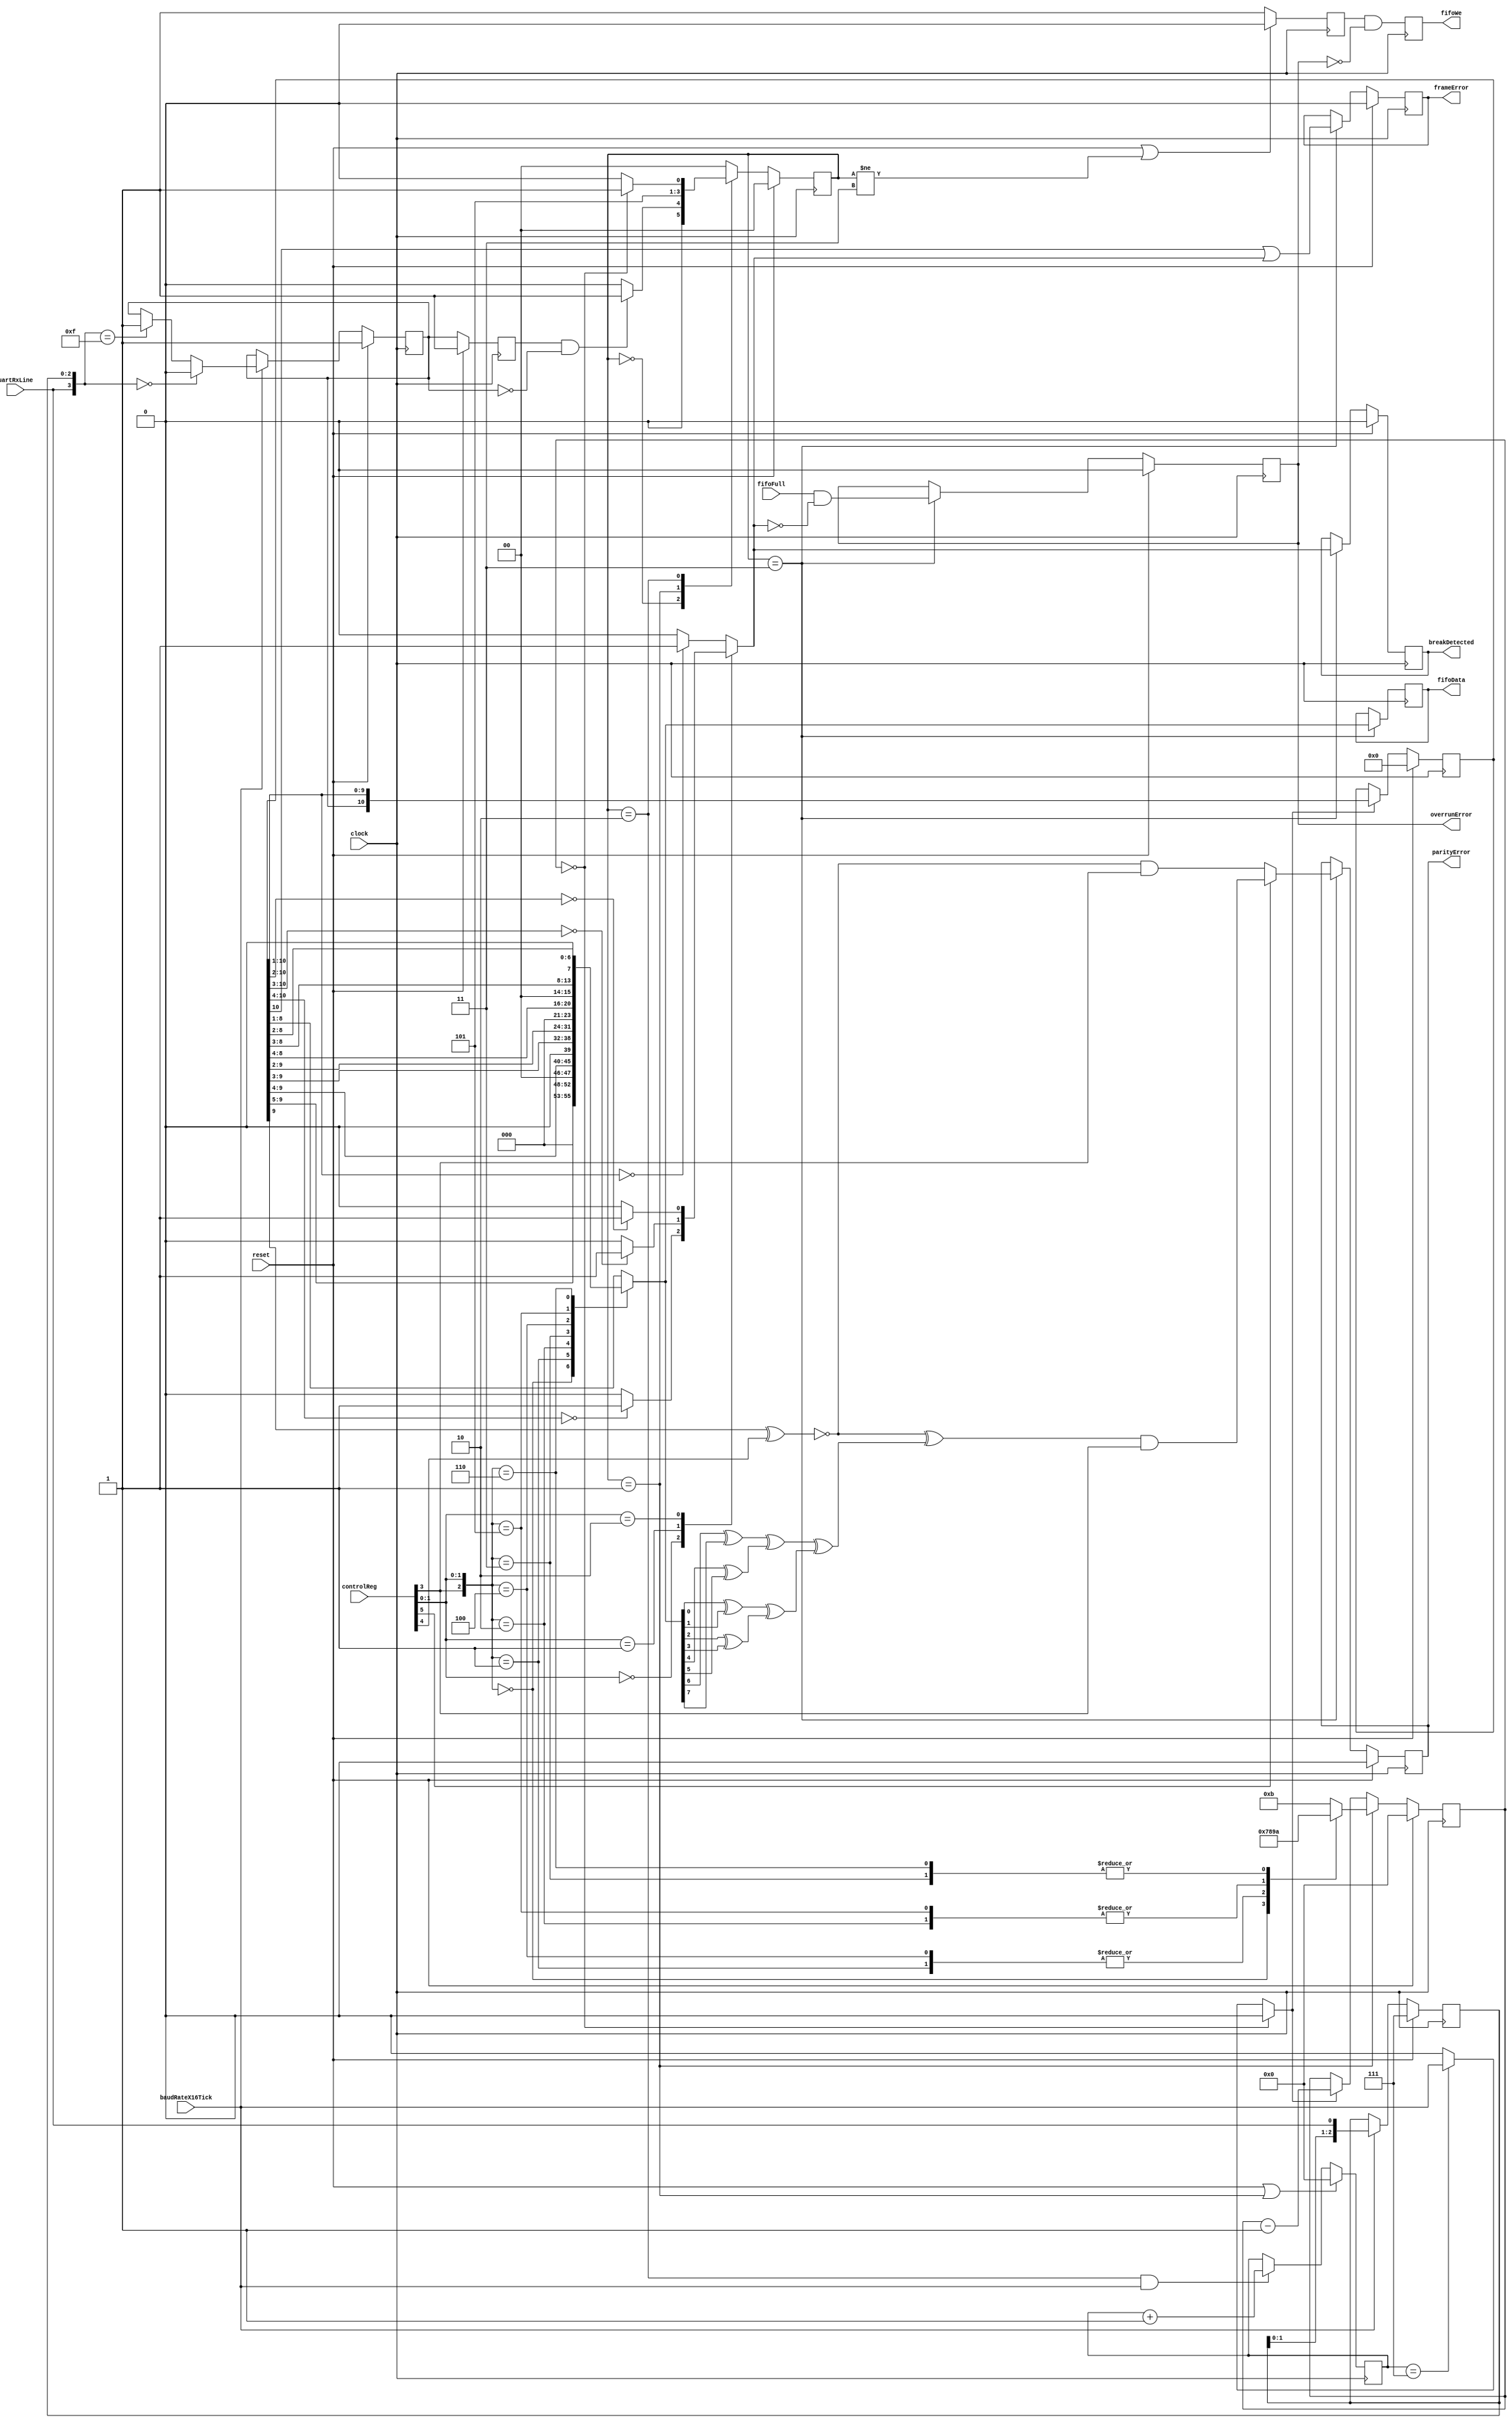
module uartRx ( input wire       clock,
                                 reset,
                                 baudRateX16Tick,
                                 uartRxLine,
                                 fifoFull,
               input wire [5:0]  controlReg,
               output wire [7:0] fifoData,
               output reg        fifoWe,
               output wire       frameError,
                                 breakDetected,
                                 parityError,
                                 overrunError );
  
  localparam [1:0] IDLE    = 2'b00;
  localparam [1:0] INIT    = 2'b01;
  localparam [1:0] RECEIVE = 2'b10;
  localparam [1:0] WRITE   = 2'b11;
  
  reg [1:0] s_stateMachineReg;
  
  // here the rx filter is defined
  reg [2:0] s_rxPipeReg;
  reg s_filteredRxReg, s_filteredRxDelayReg;
  wire [3:0] s_trigger = {uartRxLine, s_rxPipeReg};
  wire s_rxNegEdge = s_filteredRxDelayReg & ~s_filteredRxReg;
  
  always @(posedge clock)
    begin
      s_rxPipeReg          <= (reset == 1'b1) ? 3'd7 : (baudRateX16Tick == 1'b1) ? {s_rxPipeReg[1:0], uartRxLine} : s_rxPipeReg;
      s_filteredRxDelayReg <= (reset == 1'b1) ? 1'b1 : s_filteredRxReg;
      s_filteredRxReg      <= (reset == 1'b1) ? 1'b1 : (baudRateX16Tick == 1'b0) ? s_filteredRxReg :
                              (s_trigger == 4'h0) ? 1'b0 : (s_trigger == 4'hF) ? 1'b1 : s_filteredRxReg;
    end

  // here the shift register is defined
  reg [3:0]  s_baudCounterReg, s_bitCounterReg, s_bitCounterLoadValue;
  reg [10:0] s_shiftReg;
  reg [7:0]  s_dataBits;
  wire [3:0] s_baudCounterNext = (reset == 1'b1 || s_stateMachineReg == INIT) ? 4'h0 : 
                                 (s_stateMachineReg == RECEIVE && baudRateX16Tick == 1'b1) ? s_baudCounterReg + 4'd1 : s_baudCounterReg;
  wire       s_sampleTick = (s_baudCounterReg == 4'd7) ? baudRateX16Tick : 1'b0;
  wire       s_doShift = (s_bitCounterReg == 4'd0) ? 1'b0 : s_sampleTick;
  wire [3:0] s_bitCounterNext = (reset == 1'b1) ? 4'd0 : (s_stateMachineReg == INIT) ? s_bitCounterLoadValue :
                                (s_doShift == 1'b1) ? s_bitCounterReg - 4'd1 : s_bitCounterReg;
  wire [2:0] s_bitCounterSelect = {controlReg[3], controlReg[1:0]};

  always @(posedge clock)
    begin
      s_baudCounterReg  <= s_baudCounterNext;
      s_bitCounterReg   <= s_bitCounterNext;
      s_shiftReg        <= (reset == 1'b1) ? 11'd0 : (s_doShift == 1'b1) ? {s_filteredRxReg, s_shiftReg[10:1]} : s_shiftReg;
    end
  
  always @*
    case (s_bitCounterSelect)
      3'd0    : begin
                  s_bitCounterLoadValue <= 4'd7;
                  s_dataBits            <= {3'd0, s_shiftReg[9:5]};
                end
      3'd1    : begin
                  s_bitCounterLoadValue <= 4'd8;
                  s_dataBits            <= {2'd0, s_shiftReg[9:4]};
                end
      3'd2    : begin
                  s_bitCounterLoadValue <= 4'd9;
                  s_dataBits            <= {1'd0, s_shiftReg[9:3]};
                end
      3'd3    : begin
                  s_bitCounterLoadValue <= 4'd10;
                  s_dataBits            <= s_shiftReg[9:2];
                end
      3'd4    : begin
                  s_bitCounterLoadValue <= 4'd8;
                  s_dataBits            <= {3'd0, s_shiftReg[8:4]};
                end
      3'd5    : begin
                  s_bitCounterLoadValue <= 4'd9;
                  s_dataBits            <= {2'd0, s_shiftReg[8:3]};
                end
      3'd6    : begin
                  s_bitCounterLoadValue <= 4'd10;
                  s_dataBits            <= {1'd0, s_shiftReg[8:2]};
                end
      default : begin
                  s_bitCounterLoadValue <= 4'd11;
                  s_dataBits            <= s_shiftReg[8:1];
                end
    endcase

  // here the state machine is defined
  reg [1:0] s_stateMachineNext;
  
  always @*
    case (s_stateMachineReg)
      IDLE    : s_stateMachineNext <= (s_rxNegEdge == 1'b1) ? INIT : IDLE;
      INIT    : s_stateMachineNext <= RECEIVE;
      RECEIVE : s_stateMachineNext <= (s_bitCounterReg == 4'd0) ? WRITE : RECEIVE;
      default : s_stateMachineNext <= IDLE;
    endcase
    
    always @(posedge clock) s_stateMachineReg <= (reset == 1'b1) ? IDLE : s_stateMachineNext;
 
  // here all data related signals are defined
  reg  s_isBreak, s_frameErrorReg, s_breakReg, s_overrunReg, s_parityErrorReg, s_delayReg;
  reg [7:0]  s_dataOutReg;
  wire [3:0] s_xorStage1;
  wire [1:0] s_xorStage2 = {(s_xorStage1[3] ^ s_xorStage1[2]) , (s_xorStage1[0] ^ s_xorStage1[1]) };
  wire s_dataParity = s_xorStage2[1] ^ s_xorStage2[0];
  wire s_8BitBreak = (s_shiftReg[10:1] == 10'd0) ? 1'b1 : 1'b0;
  wire s_7BitBreak = (s_shiftReg[10:2] == 9'd0) ? 1'b1 : 1'b0;
  wire s_6BitBreak = (s_shiftReg[10:3] == 8'd0) ? 1'b1 : 1'b0;
  wire s_5BitBreak = (s_shiftReg[10:4] == 7'd0) ? 1'b1 : 1'b0;
  wire s_parity    = ~(s_shiftReg[9] ^ controlReg[4]);
  wire s_parityError = (controlReg[5] == 1'b1) ? (s_parity ^ s_dataParity) & controlReg[3] :
                       ~(s_shiftReg[9] ^ controlReg[4]) & controlReg[3];
  
  assign frameError    = s_frameErrorReg;
  assign breakDetected = s_breakReg;
  assign overrunError  = s_overrunReg;
  assign parityError   = s_parityErrorReg;
  assign fifoData      = s_dataOutReg;
  
  always @*
    case (controlReg[1:0])
      2'd0    : s_isBreak <= s_5BitBreak;
      2'd1    : s_isBreak <= s_6BitBreak;
      2'd2    : s_isBreak <= s_7BitBreak;
      default : s_isBreak <= s_8BitBreak;
    endcase
  
  genvar n;
  
  generate
    for (n = 0; n < 4; n = n + 1)
	   begin : gen
        assign s_xorStage1[n] = s_dataBits[n*2] ^ s_dataBits[n*2 + 1];
		end
  endgenerate
  
  always @(posedge clock)
    begin
      s_frameErrorReg  <= (reset == 1'b1) ? 1'b0 : (s_stateMachineReg == WRITE) ? s_shiftReg[10] | s_isBreak : s_frameErrorReg;
      s_breakReg       <= (reset == 1'b1) ? 1'b0 : (s_stateMachineReg == WRITE) ? s_isBreak : s_breakReg;
      s_overrunReg     <= (reset == 1'b1) ? 1'b0 : (s_stateMachineReg == WRITE) ? fifoFull & ~s_isBreak : s_overrunReg;
      s_parityErrorReg <= (reset == 1'b1) ? 1'b0 : (s_stateMachineReg == WRITE) ? s_parityError : s_parityErrorReg;
      s_dataOutReg     <= (s_stateMachineReg == WRITE) ? s_dataBits : s_dataOutReg;
      s_delayReg       <= (reset == 1'b1 || s_stateMachineReg != WRITE) ? 1'b0 : 1'b1;
      fifoWe           <= s_delayReg & ~s_overrunReg;
    end
  
endmodule